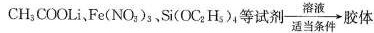
CH_{3}COOLi、Fe(NO_{3})_{3}、Si(OC_{2}H_{3})_{4}等试剂\frac{溶液}{适当条件} 胶体